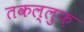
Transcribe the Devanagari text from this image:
तकल्लुफ़